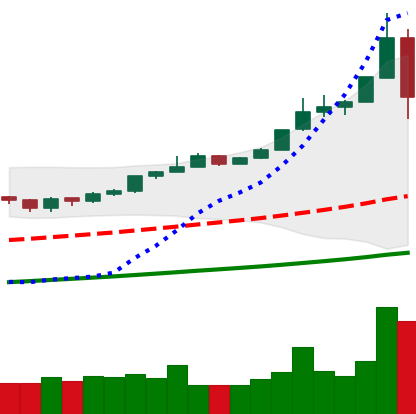
Ticker: BTC-USD
Chart end date: 2019-06-27
Forward return: -3.408%
Label: down_3_5